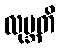
လုဗ္ဘတိ